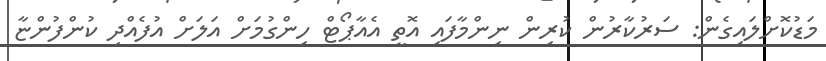
މަޑުކޮށްލައިގެން: ސަރުކާރުން ކުރިން ނިންމާފައި އޮތީ އެއާޕޯޓް ހިންގުމަށް އަލަށް އުފެއްދި ކުންފުންޏާ